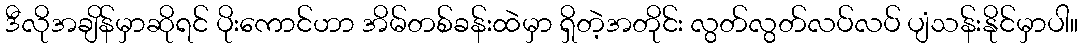
ဒီလိုအချိန်မှာဆိုရင် ပိုးကောင်ဟာ အိမ်တစ်ခန်းထဲမှာ ရှိတဲ့အတိုင်း လွတ်လွတ်လပ်လပ် ပျံသန်းနိုင်မှာပါ။